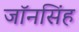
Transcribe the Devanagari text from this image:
जॉनसिंह